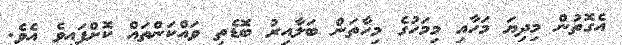
އެގޮތުން މިދިޔަ މަހާއި މިމަހުގެ މިހާތަަން ބަލާއިރު ބޮޑެތި ވައްކަންތައް ކޮށްފައިވެ އެވެ.